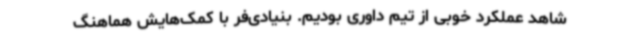
شاهد عملکرد خوبی از تیم داوری بودیم. بنیادی‌فر با کمک‌هایش هماهنگ